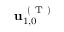
\mathbf { u } _ { 1 , 0 } ^ { \mathrm { ~ ( ~ T ~ ) ~ } }